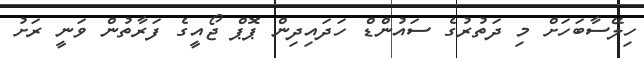
ހިލޭސާބަހަށް މި ދަތުރުގެ ސައުންޑް ހަދައިދިން ޕޮޕް ޖޯއީގެ ފަރާތުން ވަނީ ރަށު